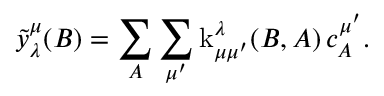
\tilde { y } _ { \lambda } ^ { \mu } ( B ) = \sum _ { A } \sum _ { \mu ^ { \prime } } \operatorname { k } _ { \mu \mu ^ { \prime } } ^ { \lambda } ( B , A ) \, c _ { A } ^ { \mu ^ { \prime } } .